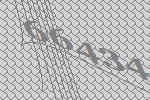
66434